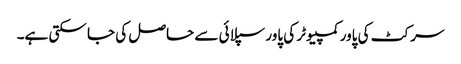
سرکٹ کی پاور کمپیوٹر کی پاور سپلائی سے حاصل کی جا سکتی ہے۔